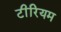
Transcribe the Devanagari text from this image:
टीरियम